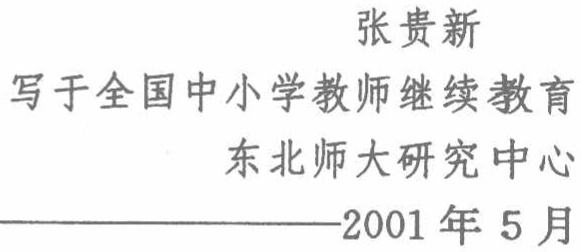
张贵新\\

写于全国中小学教师继续教育\\

东北师大研究中心\\

——2001年5月